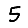
Digit: 5